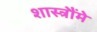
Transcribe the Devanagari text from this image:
शास्त्रौंमे